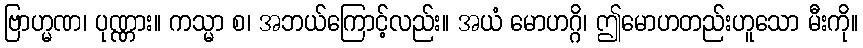
ဗြာဟ္မဏ၊ ပုဏ္ဏား။ ကသ္မာ စ၊ အဘယ်ကြောင့်လည်း။ အယံ မောဟဂ္ဂိ၊ ဤမောဟတည်းဟူသော မီးကို။